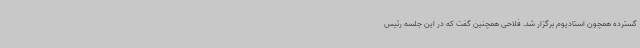
گسترده همچون استادیوم برگزار شد. فلاحی همچنین گفت که در این جلسه رئیس